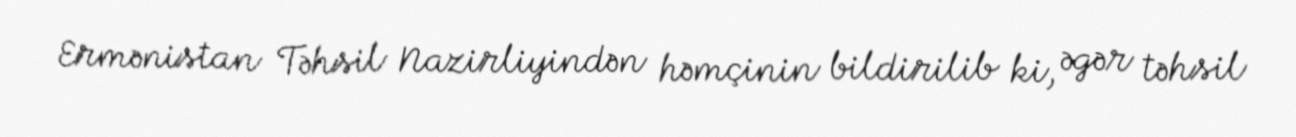
Ermənistan Təhsil Nazirliyindən həmçinin bildirilib ki, əgər təhsil